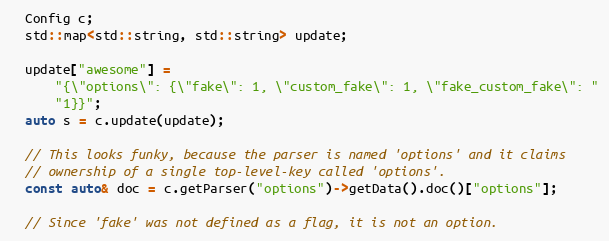
Language: C++
  Config c;
  std::map<std::string, std::string> update;

  update["awesome"] =
      "{\"options\": {\"fake\": 1, \"custom_fake\": 1, \"fake_custom_fake\": "
      "1}}";
  auto s = c.update(update);

  // This looks funky, because the parser is named 'options' and it claims
  // ownership of a single top-level-key called 'options'.
  const auto& doc = c.getParser("options")->getData().doc()["options"];

  // Since 'fake' was not defined as a flag, it is not an option.